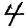
Digit: 4